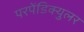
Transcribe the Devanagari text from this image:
परपेंडिक्युलर